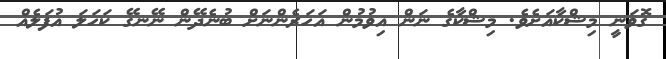
ގޮވަނީ މިޝްކާއަށެވެ. މިޝްކާގެ ނަން އިވުމުން އަހަރެންނަށް ބުނެދޭން ނޭނގޭ ކަހަލަ އުފަލެއް